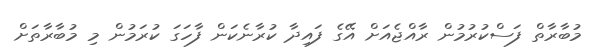
މުބާރާތް ފަސްކުރުމުން ރާއްޖެއަށް އޭގެ ފައިދާ ކުރާނެކަން ފާހަގަ ކުރަމުން މި މުބާރާތަށް